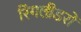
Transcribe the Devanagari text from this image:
रिंगलीडरों